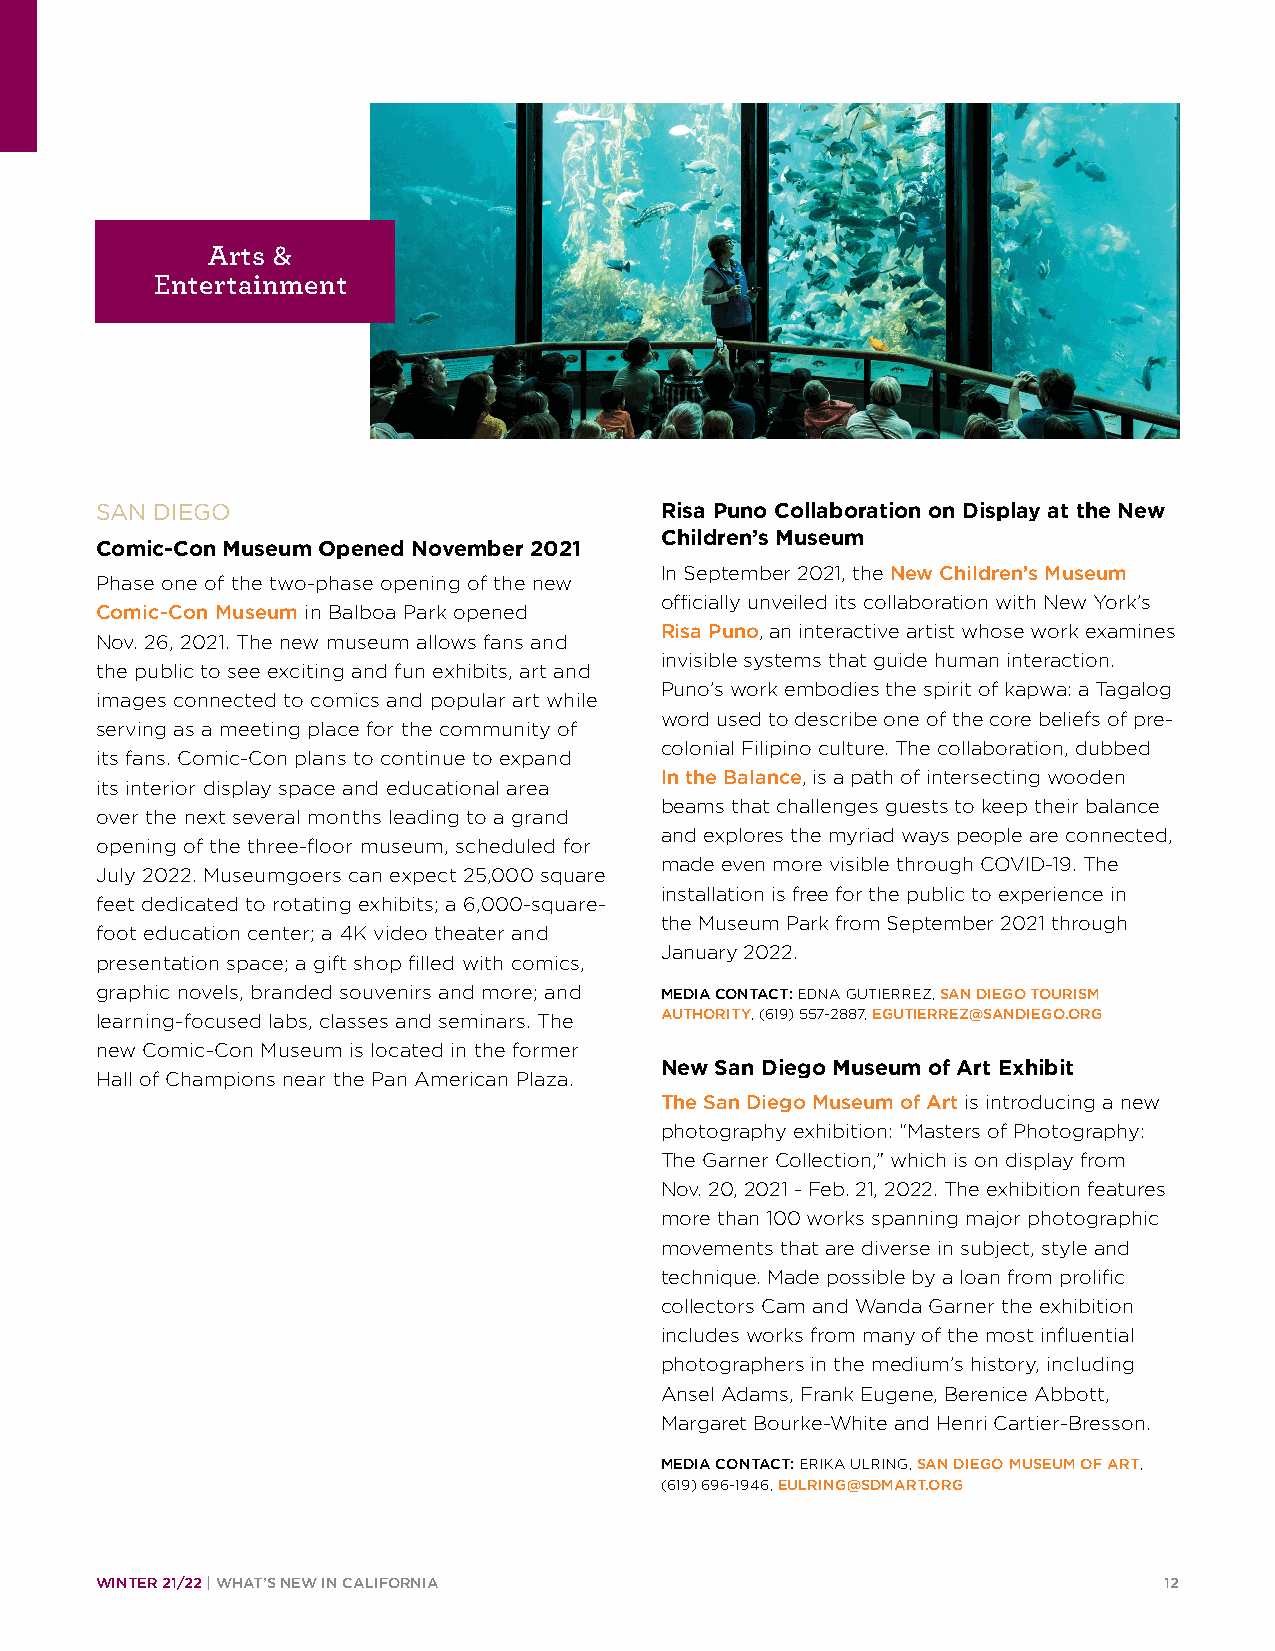
Arts &
 Entertainment
 SAN DIEGO                             Risa Puno Collaboration on Display at the New
 Children’s Museum
 Comic-Con Museum Opened November 2021
 In September 2021, the New Children’s Museum
 Phase one of the two-phase opening of the new
 officially unveiled its collaboration with New York’s
 Comic-Con Museum in Balboa Park opened
 Risa Puno, an interactive artist whose work examines
 Nov. 26, 2021. The new museum allows fans and
 invisible systems that guide human interaction.
 the public to see exciting and fun exhibits, art and
 Puno’s work embodies the spirit of kapwa: a Tagalog
 images connected to comics and popular art while
 word used to describe one of the core beliefs of pre-
 serving as a meeting place for the community of
 colonial Filipino culture. The collaboration, dubbed
 its fans. Comic-Con plans to continue to expand
 In the Balance, is a path of intersecting wooden
 its interior display space and educational area
 beams that challenges guests to keep their balance
 over the next several months leading to a grand
 and explores the myriad ways people are connected,
 opening of the three-floor museum, scheduled for
 made even more visible through COVID-19. The
 July 2022. Museumgoers can expect 25,000 square
 installation is free for the public to experience in
 feet dedicated to rotating exhibits; a 6,000-square-
 the Museum Park from September 2021 through
 foot education center; a 4K video theater and
 January 2022.
 presentation space; a gift shop filled with comics,
 graphic novels, branded souvenirs and more; and MEDIA CONTACT: EDNA GUTIERREZ, SAN DIEGO TOURISM
 learning-focused labs, classes and seminars. The AUTHORITY, (619) 557-2887, EGUTIERREZ@SANDIEGO.ORG
 new Comic-Con Museum is located in the former
 New San Diego Museum of Art Exhibit
 Hall of Champions near the Pan American Plaza.
 The San Diego Museum of Art is introducing a new
 photography exhibition: “Masters of Photography:
 The Garner Collection,” which is on display from
 Nov. 20, 2021 - Feb. 21, 2022. The exhibition features
 more than 100 works spanning major photographic
 movements that are diverse in subject, style and
 technique. Made possible by a loan from prolific
 collectors Cam and Wanda Garner the exhibition
 includes works from many of the most influential
 photographers in the medium’s history, including
 Ansel Adams, Frank Eugene, Berenice Abbott,
 Margaret Bourke-White and Henri Cartier-Bresson.
 MEDIA CONTACT: ERIKA ULRING, SAN DIEGO MUSEUM OF ART,
 (619) 696-1946, EULRING@SDMART.ORG
 WINTER 21/22 | WHAT’S NEW IN CALIFORNIA                                12